Lunatic asylums Bombay report 1891-1903 - 1891-1903
Year: 1891
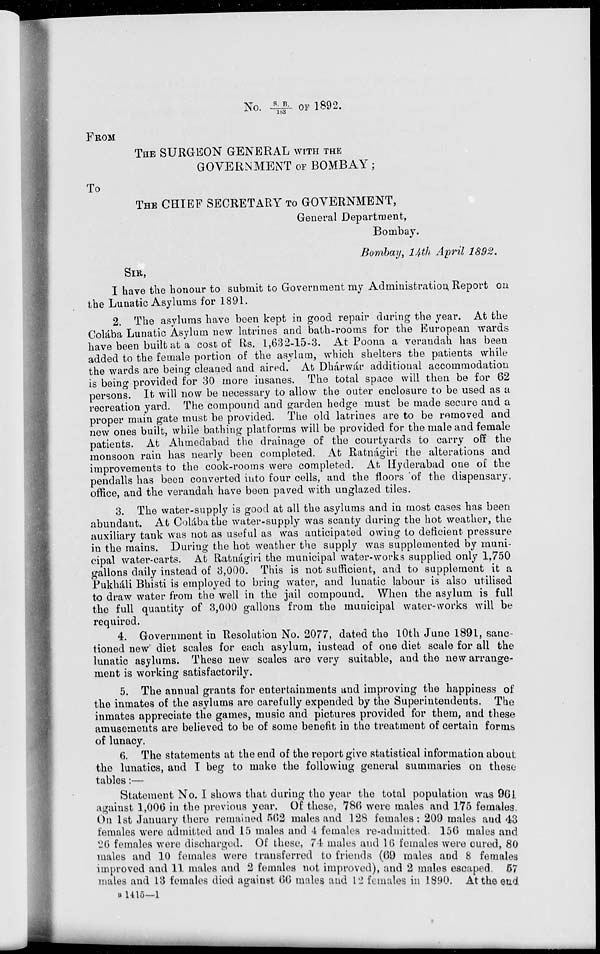
No. S.B./183 OF 1892.
FROM
THE SURGEON GENERAL WITH THE
GOVERNMENT OF BOMBAY ;
To
THE CHIEF SECRETARY TO GOVERNMENT,
General Department,
Bombay.
Bombay, 14th April 1892.
SIR,
I have the honour to submit to Government my Administration, Report on
the Lunatic Asylums for 1891.
2. The asylums have been kept in good repair during the year. At the
Colába Lunatic Asylum new latrines and bath-rooms for the European wards
have been built at a cost of Rs. 1,632-15-3. At Poona a verandah has been
added to the female portion of the asylum, which shelters the patients while
the wards are being cleaned and aired. At Dhárwár additional accommodation
is being provided for 30 more insanes. The total space will then be for 62
persons. It will now be necessary to allow the outer enclosure to be used as a
recreation yard. The compound and garden hedge must be made secure and a
proper main gate must be provided. The old latrines are to be removed and
new ones built, while bathing platforms will be provided for the male and female
patients. At Ahmedabad the drainage of the courtyards to carry off the
monsoon rain has nearly been completed. At Ratnágiri the alterations and
improvements to the cook-rooms were completed. At Hyderabad one of the
pendalls has been converted into four cells, and the floors of the dispensary,
office, and the verandah have been paved with unglazed tiles.
3. The water-supply is good at all the asylums and in most cases has been
abundant. At Colába the water-supply was scanty during the hot weather, the
auxiliary tank was not as useful as was anticipated owing to deficient pressure
in the mains. During the hot weather the supply was supplemented by muni-
cipal water-carts. At Ratnágiri the municipal water-works supplied only 1,750
gallons daily instead of 3,000. This is not sufficient, and to supplement it a
Pukháli Bhisti is employed to bring water, and lunatic labour is also utilised
to draw water from the well in the jail compound. When the asylum is full
the full quantity of 3,000 gallons from the municipal water-works will be
required.
4. Government in Resolution No. 2077, dated the 10th June 1891, sanc-
tioned new diet scales for each asylum, instead of one diet scale for all the
lunatic asylums. These new scales are very suitable, and the new arrange-
ment is working satisfactorily.
5. The annual grants for entertainments and improving the happiness of
the inmates of the asylums are carefully expended by the Superintendents. The
inmates appreciate the games, music and pictures provided for them, and these
amusements are believed to be of some benefit in the treatment of certain forms
of lunacy.
6. The statements at the end of the report give statistical information about
the lunatics, and I beg to make the following general summaries on these
tables :—
Statement No. I shows that during the year the total population was 961
against 1,006 in the previous year. Of these, 786 were males and 175 females.
On 1st January there remained 562 males and 128 females: 209 males and 43
females were admitted and 15 males and 4 females re-admitted. 156 males and
26 females were discharged. Of these, 74 males and 16 females were cured, 80
males and 10 females were transferred to friends (69 males and 8 females
improved and 11 males and 2 females not improved), and 2 males escaped. 57
males and 13 females died against 66 males and 12 females in 1890. At the end
B 1415—1